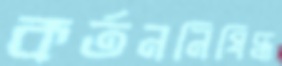
কর্তননিষিদ্ধ